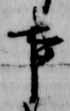
事